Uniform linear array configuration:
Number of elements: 32
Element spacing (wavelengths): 1
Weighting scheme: hamming
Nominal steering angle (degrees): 0
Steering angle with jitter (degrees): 0.9785
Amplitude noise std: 0.05
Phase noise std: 0.05

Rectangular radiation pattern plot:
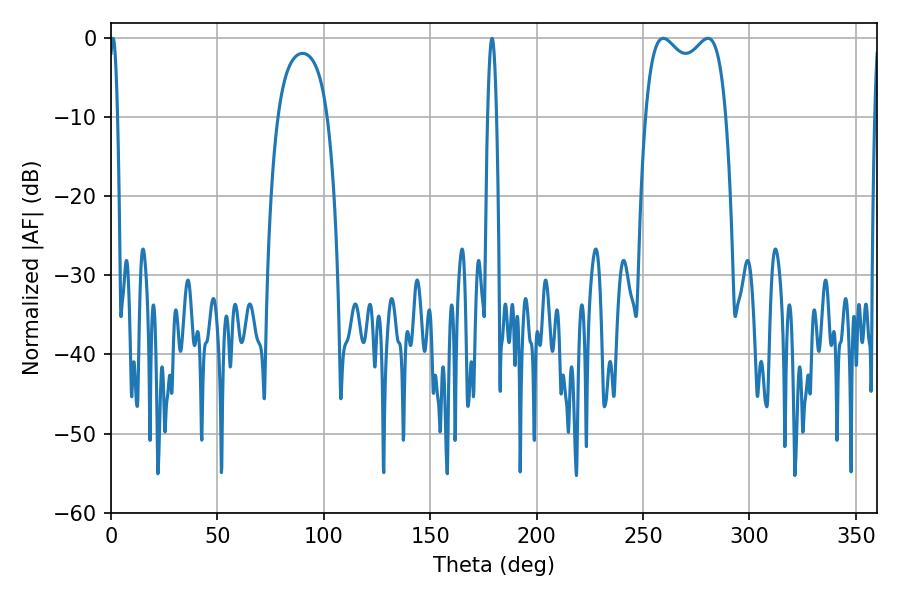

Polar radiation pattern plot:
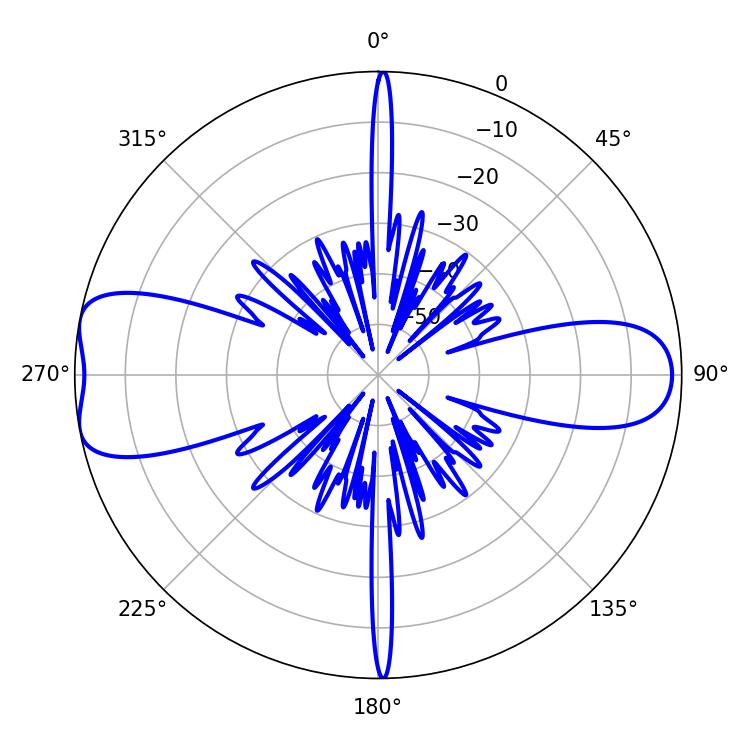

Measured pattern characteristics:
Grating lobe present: TRUE
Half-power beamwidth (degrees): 31.32
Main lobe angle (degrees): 259.56